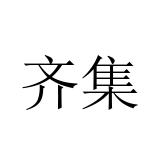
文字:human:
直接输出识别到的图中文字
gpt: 齐集